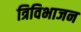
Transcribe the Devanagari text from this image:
त्रिविभाजन